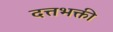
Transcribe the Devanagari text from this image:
दत्तभक्ती